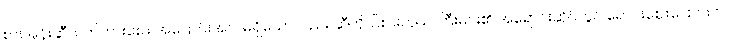
စားအုန်းဆီလက်ကားဈေး အပြောင်းအလဲမရှိသော်လည်း ဆီကိုယ်စားလှယ် ကြီးများ၏ အရောင်းဆိုင်တွင် ရောင်းဈေးပြောင်းလဲ